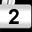
Digit: 2